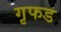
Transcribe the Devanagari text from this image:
गृफड